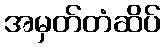
အမှတ်တံဆိပ်